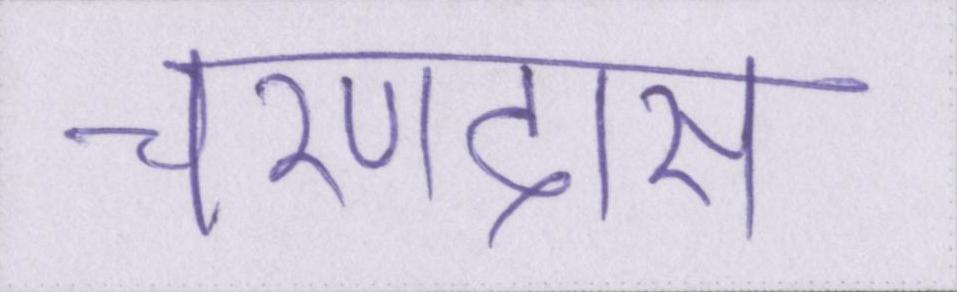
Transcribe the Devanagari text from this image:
चरणदास